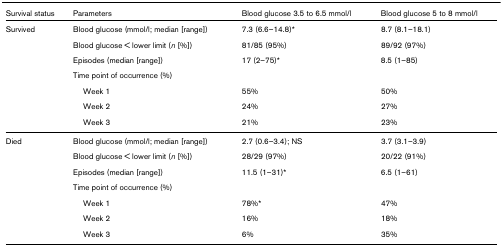
<table><thead><tr><td><b>Survival status</b></td><td><b>Parameters</b></td><td><b>Blood glucose 3.5 to 6.5 mmol/l</b></td><td><b>Blood glucose 5 to 8 mmol/l</b></td></tr></thead><tbody><tr><td>Survived</td><td>Blood glucose (mmol/l; median [range])</td><td>7.3 (6.6–14.8)*</td><td>8.7 (8.1–18.1)</td></tr><tr><td></td><td>Blood glucose &lt; lower limit (<i>n </i>[%])</td><td>81/85 (95%)</td><td>89/92 (97%)</td></tr><tr><td></td><td>Episodes (median [range])</td><td>17 (2–75)*</td><td>8.5 (1–85)</td></tr><tr><td></td><td>Time point of occurrence (%)</td><td></td><td></td></tr><tr><td></td><td> Week 1</td><td>55%</td><td>50%</td></tr><tr><td></td><td> Week 2</td><td>24%</td><td>27%</td></tr><tr><td></td><td> Week 3</td><td>21%</td><td>23%</td></tr><tr><td>Died</td><td>Blood glucose (mmol/l; median [range])</td><td>2.7 (0.6–3.4); NS</td><td>3.7 (3.1–3.9)</td></tr><tr><td></td><td>Blood glucose &lt; lower limit (<i>n </i>[%])</td><td>28/29 (97%)</td><td>20/22 (91%)</td></tr><tr><td></td><td>Episodes (median [range])</td><td>11.5 (1–31)*</td><td>6.5 (1–61)</td></tr><tr><td></td><td>Time point of occurrence (%)</td><td></td><td></td></tr><tr><td></td><td> Week 1</td><td>78%*</td><td>47%</td></tr><tr><td></td><td> Week 2</td><td>16%</td><td>18%</td></tr><tr><td></td><td> Week 3</td><td>6%</td><td>35%</td></tr></tbody></table>